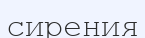
сирения